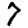
Digit: 7